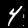
Digit: 4